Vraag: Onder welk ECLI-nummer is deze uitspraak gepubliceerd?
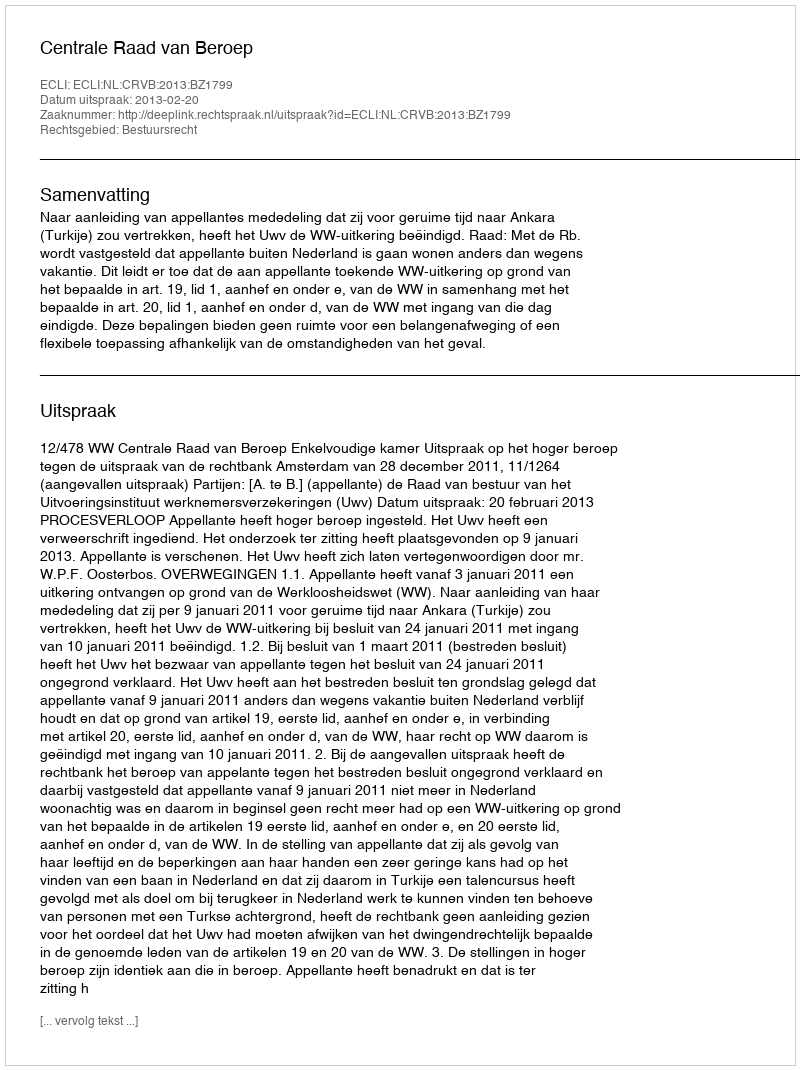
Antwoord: ECLI:NL:CRVB:2013:BZ1799